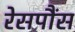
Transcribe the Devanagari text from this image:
रेसपौंस